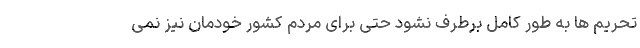
تحریم ها به طور کامل برطرف نشود حتی برای مردم کشور خودمان نیز نمی